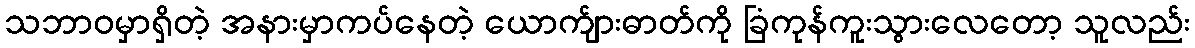
သဘာဝမှာရှိတဲ့ အနားမှာကပ်နေတဲ့ ယောက်ျားဓာတ်ကို ခြံကုန်ကူးသွားလေတော့ သူလည်း